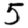
Digit: 5